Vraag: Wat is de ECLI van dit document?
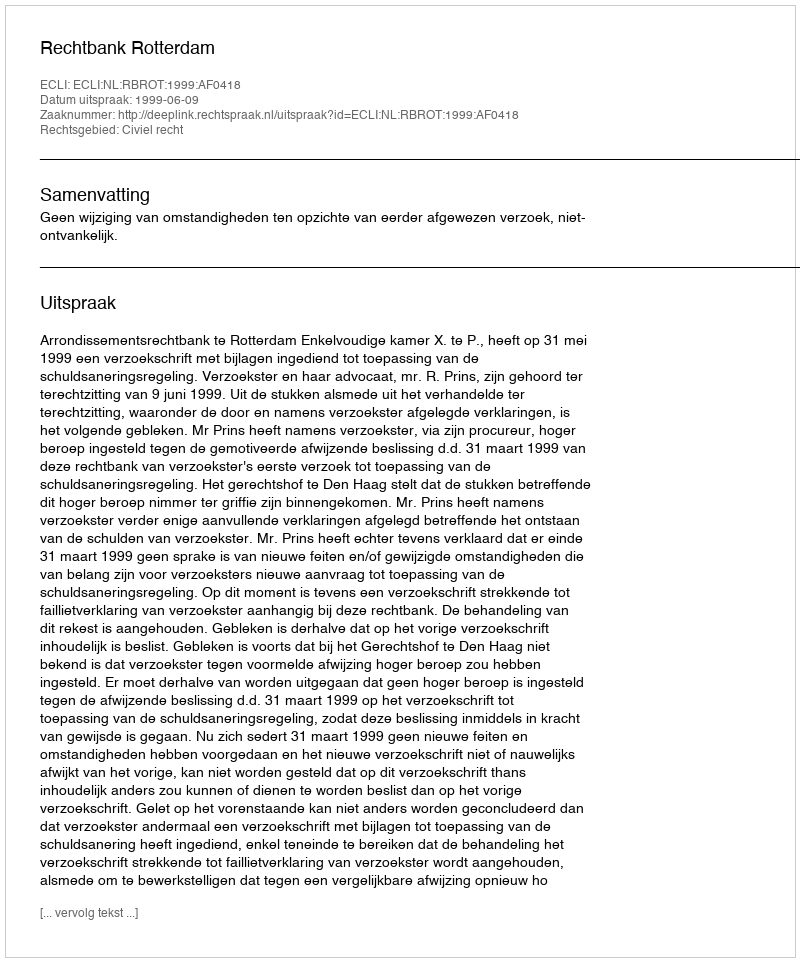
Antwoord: ECLI:NL:RBROT:1999:AF0418